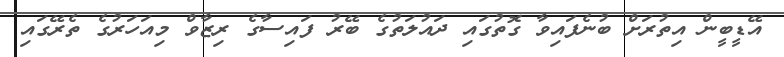
އޭޑީބީން އިތުރަށް ބުނެފައިވާ ގޮތުގައި ދައުލަތުގެ ބޭރު ފައިސާގެ ރިޒާވް މިއަހަރުގެ ތެރޭގައި